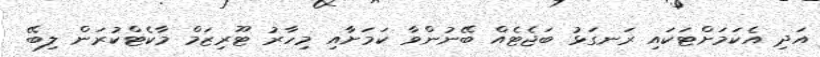
އަދި އެކަމަށްޓަކައި ރަނގަޅު ބަޖެޓެއް ބޭނުންވާ ކަމަށާއި މިހާރު ޓޫރިޒަމް މާކެޓްކުރަން ލިބޭ